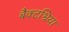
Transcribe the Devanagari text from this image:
बैक्टभ्रिया